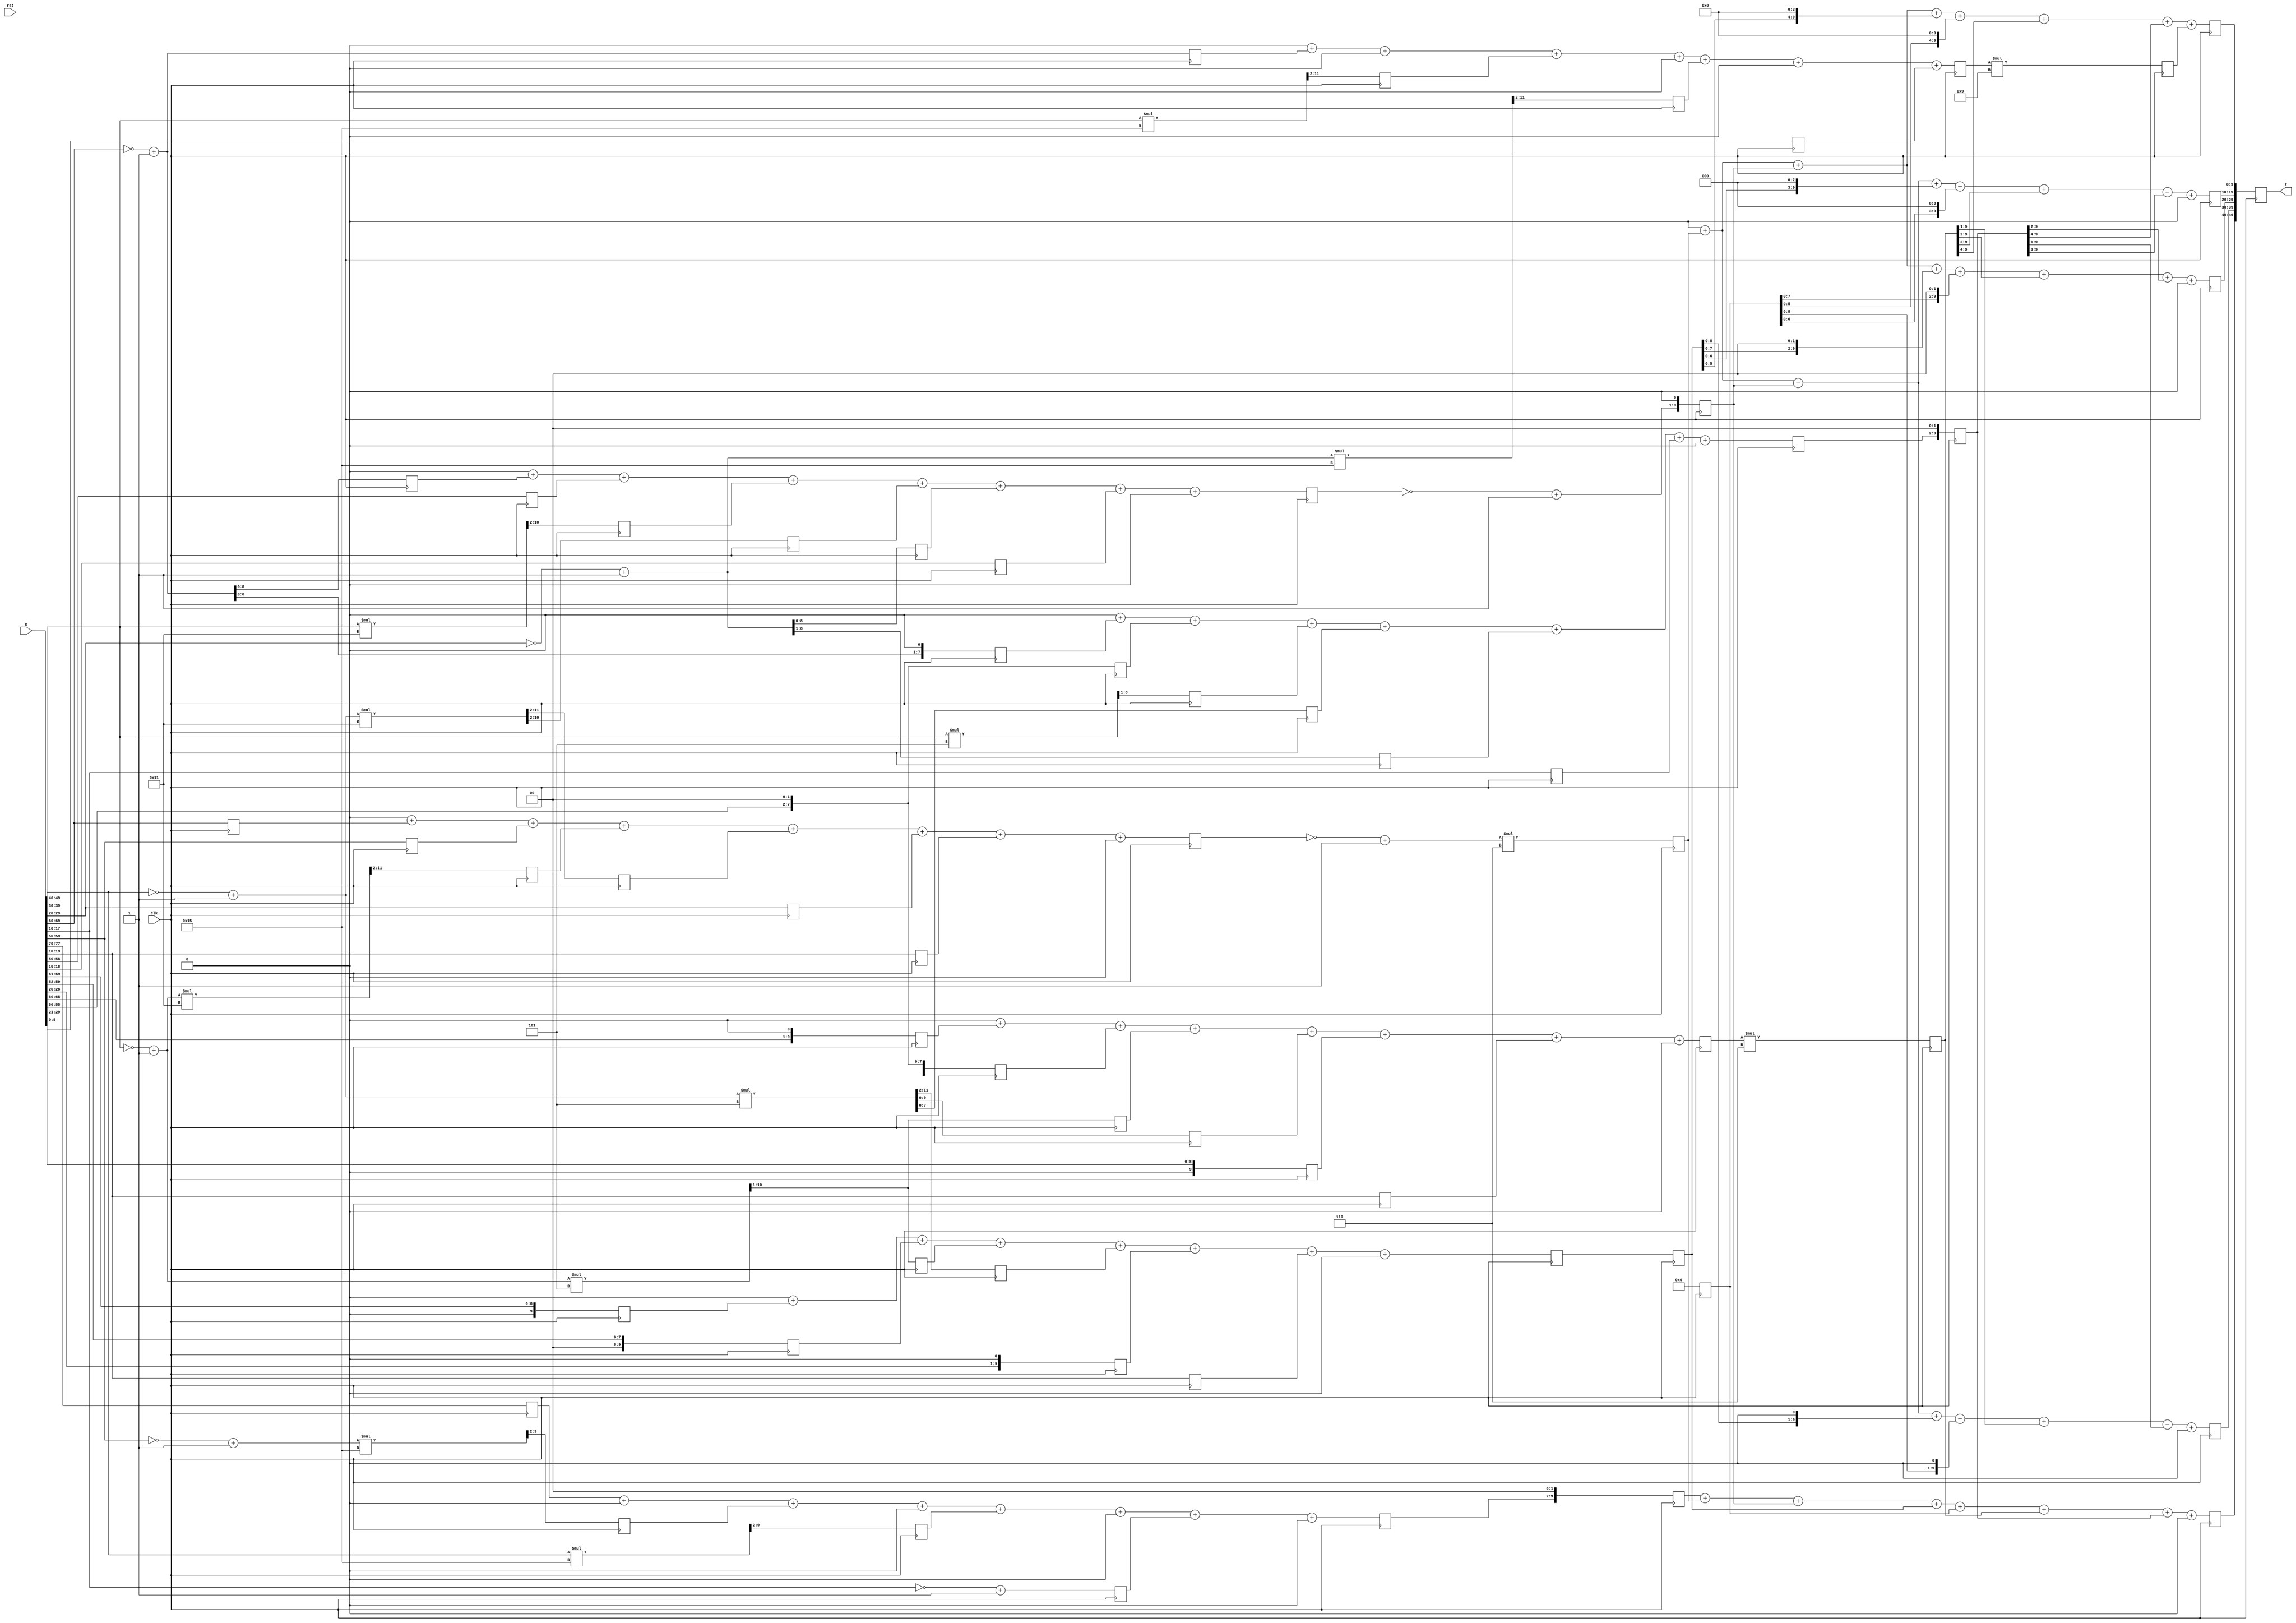
// WC_5_4.v generated by WCSyn.py
`timescale 1ns / 1ps
module wc(D, clk, rst, Z);
input  [10*8-1:0] D;
input  clk, rst;
output reg [10*5-1:0] Z;

	reg [9:0] input_t [0:7];
	reg [9:0] d [0:63];
	reg [9:0] MUL [0:7];
	reg [9:0] output_t [0:4];

	always@(posedge clk)begin

		//input_transform
		d[63] <= (D[9:0]);
		d[62] <= 0;
		d[61] <= ((~D[29:20] + 1) * 21) >>> 2;
		d[60] <= 0;
		d[59] <= ((D[49:40]) * 21) >>> 2;
		d[58] <= 0;
		d[57] <= (~D[69:60] + 1);
		d[56] <= 0;
		d[55] <= 0;
		d[54] <= (D[19:10]);
		d[53] <= (~D[29:20] + 1) >>> 1;
		d[52] <= (~D[39:30] + 1) * 5;
		d[51] <= ((D[49:40]) * 5) >>> 1;
		d[50] <= (D[59:50]) <<< 2;
		d[49] <= (~D[69:60] + 1) <<< 1;
		d[48] <= 0;
		d[47] <= 0;
		d[46] <= (D[19:10]);
		d[45] <= (D[29:20]) >>> 1;
		d[44] <= (~D[39:30] + 1) * 5;
		d[43] <= ((~D[49:40] + 1) * 5) >>> 1;
		d[42] <= (D[59:50]) <<< 2;
		d[41] <= (D[69:60]) <<< 1;
		d[40] <= 0;
		d[39] <= 0;
		d[38] <= (D[19:10]);
		d[37] <= (~D[29:20] + 1) <<< 1;
		d[36] <= ((~D[39:30] + 1) * 5) >>> 2;
		d[35] <= ((D[49:40]) * 5) >>> 1;
		d[34] <= (D[59:50]) >>> 2;
		d[33] <= (~D[69:60] + 1) >>> 1;
		d[32] <= 0;
		d[31] <= 0;
		d[30] <= (D[19:10]);
		d[29] <= (D[29:20]) <<< 1;
		d[28] <= ((~D[39:30] + 1) * 5) >>> 2;
		d[27] <= ((~D[49:40] + 1) * 5) >>> 1;
		d[26] <= (D[59:50]) >>> 2;
		d[25] <= (D[69:60]) >>> 1;
		d[24] <= 0;
		d[23] <= 0;
		d[22] <= (D[19:10]);
		d[21] <= (~D[29:20] + 1);
		d[20] <= ((~D[39:30] + 1) * 17) >>> 2;
		d[19] <= ((D[49:40]) * 17) >>> 2;
		d[18] <= (D[59:50]);
		d[17] <= (~D[69:60] + 1);
		d[16] <= 0;
		d[15] <= 0;
		d[14] <= (D[19:10]);
		d[13] <= (D[29:20]);
		d[12] <= ((~D[39:30] + 1) * 17) >>> 2;
		d[11] <= ((~D[49:40] + 1) * 17) >>> 2;
		d[10] <= (D[59:50]);
		d[9] <= (D[69:60]);
		d[8] <= 0;
		d[7] <= 0;
		d[6] <= (~D[19:10] + 1);
		d[5] <= 0;
		d[4] <= ((D[39:30]) * 21) >>> 2;
		d[3] <= 0;
		d[2] <= ((~D[59:50] + 1) * 21) >>> 2;
		d[1] <= 0;
		d[0] <= (D[79:70]);

		input_t[0] <= (d[0]) + 0 +  (d[2]) + 0 +  (d[4]) + 0 +  (d[6]) + 0;
		input_t[1] <=0 +  (d[9]) +  (d[10]) +  (d[11]) +  (d[12]) +  (d[13]) +  (d[14]) + 0;
		input_t[2] <=0 +  (d[17]) +  (d[18]) +  (d[19]) +  (d[20]) +  (d[21]) +  (d[22]) + 0;
		input_t[3] <=0 +  (d[25]) +  (d[26]) +  (d[27]) +  (d[28]) +  (d[29]) +  (d[30]) + 0;
		input_t[4] <=0 +  (d[33]) +  (d[34]) +  (d[35]) +  (d[36]) +  (d[37]) +  (d[38]) + 0;
		input_t[5] <=0 +  (d[41]) +  (d[42]) +  (d[43]) +  (d[44]) +  (d[45]) +  (d[46]) + 0;
		input_t[6] <=0 +  (d[49]) +  (d[50]) +  (d[51]) +  (d[52]) +  (d[53]) +  (d[54]) + 0;
		input_t[7] <=0 +  (d[57]) + 0 +  (d[59]) + 0 +  (d[61]) + 0 +  (d[63]);

		//G*g
		MUL[0] <= (input_t[0]) <<< 2;
		MUL[1] <= (~input_t[1] + 1)*6;
		MUL[2] <= (~input_t[2] + 1) <<< 1;
		MUL[3] <= (input_t[3]);
		MUL[4] <= 0;
		MUL[5] <= (input_t[5])*6;
		MUL[6] <= (input_t[6]) <<< 2;
		MUL[7] <= (input_t[7])*9;

		output_t[0] <= (MUL[0]) + (MUL[1]) + (MUL[2]) + (MUL[3]) + (MUL[4]) + (MUL[5]) + (MUL[6]) + 0;
		output_t[1] <=  0 + (MUL[1]) - (MUL[2]) + (MUL[3] <<< 1) - (MUL[4] <<< 1) + (MUL[5] >>> 1) - (MUL[6] >>> 1) + 0;
		output_t[2] <=  0 + (MUL[1]) + (MUL[2]) + (MUL[3] <<< 2) + (MUL[4] <<< 2) + (MUL[5] >>> 2) + (MUL[6] >>> 2) + 0;
		output_t[3] <=  0 + (MUL[1]) - (MUL[2]) + (MUL[3] <<< 3) - (MUL[4] <<< 3) + (MUL[5] >>> 3) - (MUL[6] >>> 3) + 0;
		output_t[4] <=  0 + (MUL[1]) + (MUL[2]) + (MUL[3] <<< 4) + (MUL[4] <<< 4) + (MUL[5] >>> 4) + (MUL[6] >>> 4) +  (MUL[7]);

		Z[49:40] <= output_t[0];
		Z[39:30] <= output_t[1];
		Z[29:20] <= output_t[2];
		Z[19:10] <= output_t[3];
		Z[9:0] <= output_t[4];

	end
endmodule